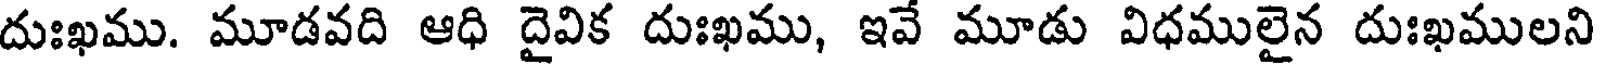
దుఃఖము. మూడవది ఆధి దైవిక దుఃఖము, ఇవే మూడు విధములైన దుఃఖములని